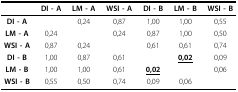
|  | DI - A | LM - A | WSI - A | DI - B | LM - B | WSI - B |
 | --- | --- | --- | --- | --- | --- | --- |
 | DI - A |  | 0,24 | 0,87 | 1,00 | 1,00 | 0,55 |
 | LM - A | 0,24 |  | 0,24 | 0,87 | 1,00 | 0,50 |
 | WSI - A | 0,87 | 0,24 |  | 0,61 | 0,61 | 0,74 |
 | DI - B | 1,00 | 0,87 | 0,61 |  | <underline>0,02</underline> | 0,09 |
 | LM - B | 1,00 | 1,00 | 0,61 | <underline>0,02</underline> |  | 0,06 |
 | WSI - B | 0,55 | 0,50 | 0,74 | 0,09 | 0,06 |  |